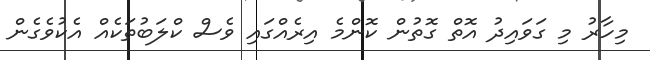
މިހާރު މި ގަވައިދު އޮތް ގޮތުން ކޮންމެ އިރެއްގައި ވެސް ކްލަބުތަކެއް އެކުވެގެން